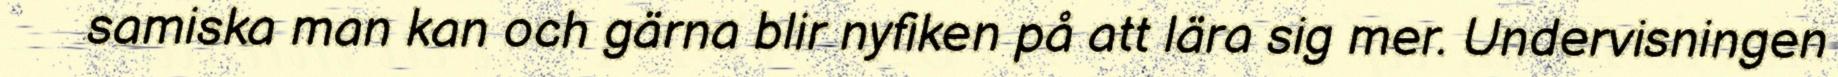
samiska man kan och gärna blir nyfiken på att lära sig mer. Undervisningen